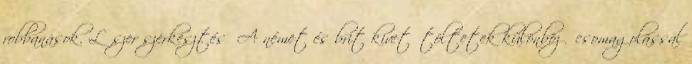
robbanások. Lőszer szerkesztés A német és brit kivetőtöltetek különböző csomagolással